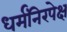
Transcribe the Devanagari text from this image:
धर्मंनिरपेक्ष